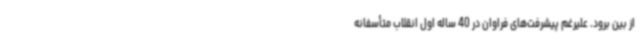
از بین برود. علیرغم پیشرفت‌های فراوان در 40 ساله اول انقلاب متأسفانه